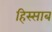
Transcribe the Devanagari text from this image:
हिस्साब